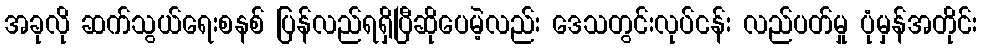
အခုလို ဆက်သွယ်ရေးစနစ် ပြန်လည်ရရှိပြီဆိုပေမဲ့လည်း ဒေသတွင်းလုပ်ငန်း လည်ပတ်မှု ပုံမှန်အတိုင်း